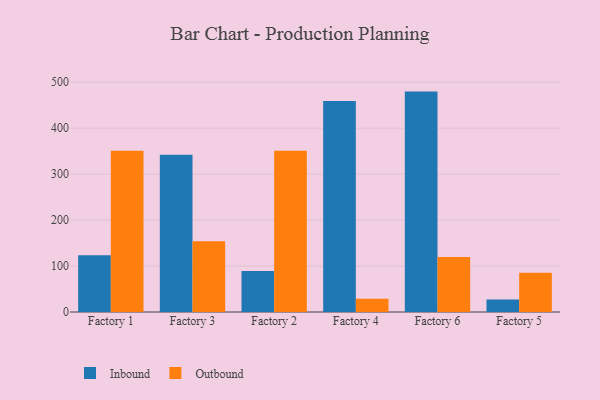
{"axis": {"x": "Factory", "y": "Latency (ms)"}, "legend": ["Inbound", "Outbound"], "data": [{"x": "Factory 1", "y": 123.5, "type": "Inbound"}, {"x": "Factory 1", "y": 351.1, "type": "Outbound"}, {"x": "Factory 3", "y": 342.1, "type": "Inbound"}, {"x": "Factory 3", "y": 154.2, "type": "Outbound"}, {"x": "Factory 2", "y": 89.4, "type": "Inbound"}, {"x": "Factory 2", "y": 350.7, "type": "Outbound"}, {"x": "Factory 4", "y": 459.3, "type": "Inbound"}, {"x": "Factory 4", "y": 29.1, "type": "Outbound"}, {"x": "Factory 6", "y": 479.6, "type": "Inbound"}, {"x": "Factory 6", "y": 119.6, "type": "Outbound"}, {"x": "Factory 5", "y": 27.3, "type": "Inbound"}, {"x": "Factory 5", "y": 85.3, "type": "Outbound"}]}